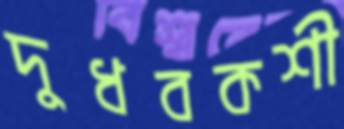
দুধবকশী